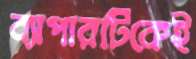
ব্যাপারটিকেই